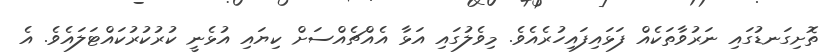
ތޮށިގަނޑުގައި ނަރުވާތަކެއް ފަޅައިފައިހުރެއެވެ. މިވެލުގައި އަޅާ އެއްޗެއްސަށް ކިޔައި އުޅެނީ ކުރުކުރުކައްޓަލައެވެ. އެ